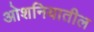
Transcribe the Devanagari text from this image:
ओशनियातील